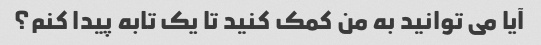
آیا می توانید به من کمک کنید تا یک تابه پیدا کنم؟